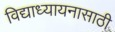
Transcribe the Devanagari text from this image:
विद्याध्यायनासाठी